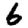
Digit: 6